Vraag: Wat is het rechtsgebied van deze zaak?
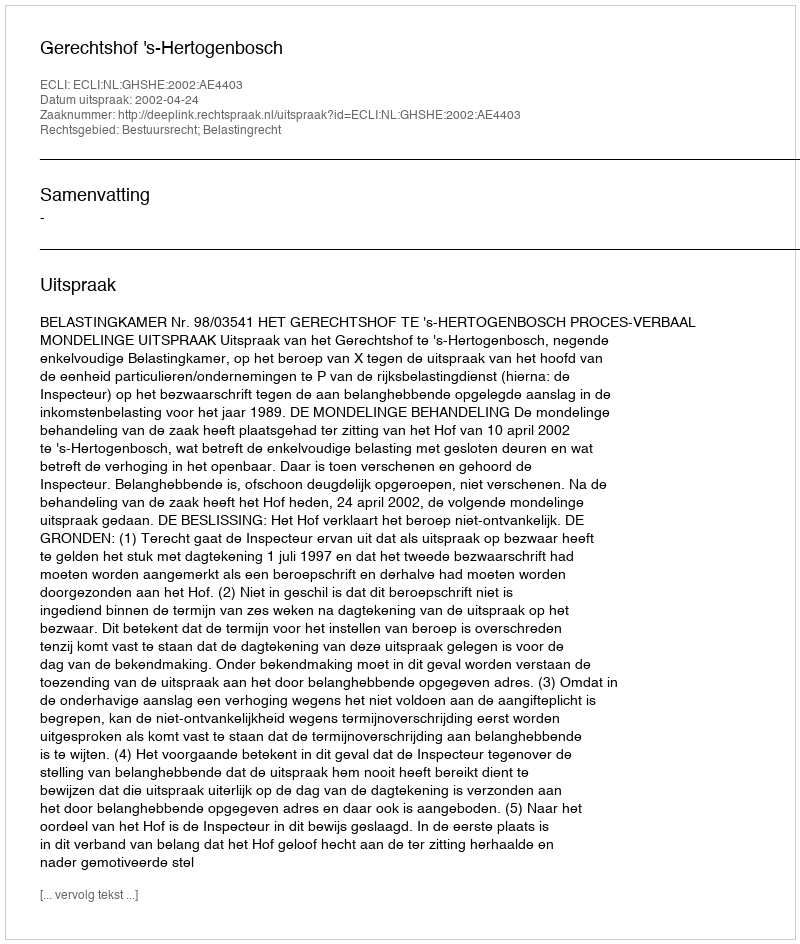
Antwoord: Bestuursrecht; Belastingrecht